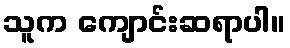
သူက ကျောင်းဆရာပါ။